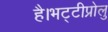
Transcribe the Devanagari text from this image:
है।भट्टीप्रोलु